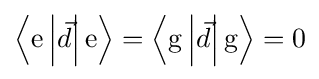
\left\langle {\text{e}}\left|{\vec {d}}\right|{\text{e}}\right\rangle =\left\langle {\text{g}}\left|{\vec {d}}\right|{\text{g}}\right\rangle =0